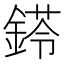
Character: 𨩖